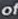
of